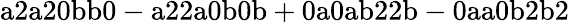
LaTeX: \mathrm{a2a20bb0-a22a0b0b+0a0ab22b-0aa0b2b2}